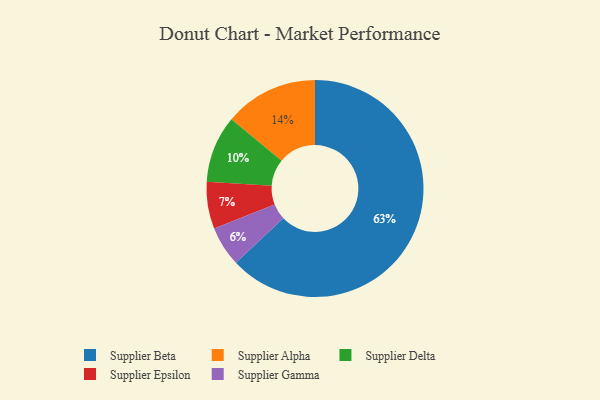
{"axis": {"x": "Category", "y": "Percentage"}, "legend": ["Supplier Alpha", "Supplier Beta", "Supplier Delta", "Supplier Epsilon", "Supplier Gamma"], "data": [{"x": "Supplier Epsilon", "y": 7, "type": "Supplier Epsilon"}, {"x": "Supplier Delta", "y": 10, "type": "Supplier Delta"}, {"x": "Supplier Beta", "y": 63, "type": "Supplier Beta"}, {"x": "Supplier Gamma", "y": 6, "type": "Supplier Gamma"}, {"x": "Supplier Alpha", "y": 14, "type": "Supplier Alpha"}]}